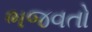
ભજવતો